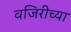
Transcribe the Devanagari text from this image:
वजिरीच्या